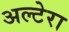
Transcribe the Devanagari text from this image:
अल्टेरा